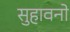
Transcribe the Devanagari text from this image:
सुहावनो